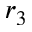
r _ { 3 }